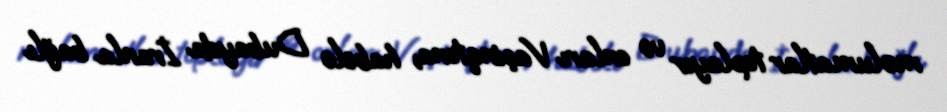
məlumatlar toplayır və onları Vaşinqtona, habelə Dubayda İranla bağlı